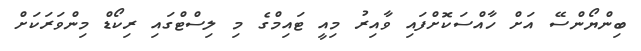
ބިންޔޯންސޭ އަށް ހާއްސަކޮށްފައި ވާއިރު މިއީ ޓައިމްގެ މި ލިސްޓްގައި ރިކޯޑް މިންވަރަކަށް